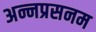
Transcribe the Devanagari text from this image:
अन्नप्रसनम